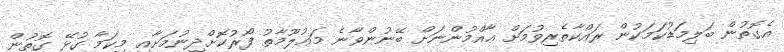
އެގޮތުން ބަލިމަޑުކަމަކުން ރައްކާތެރިވުމަށް ޢާއްމުންނަށް ބޭނުންވާނެ މަޢުލޫމާތު ފޯރުކޮށްދިނުމަށާއި މިކަމާ ގުޅޭ ގޮތުން